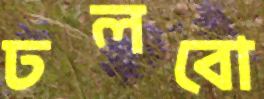
ঢলবো